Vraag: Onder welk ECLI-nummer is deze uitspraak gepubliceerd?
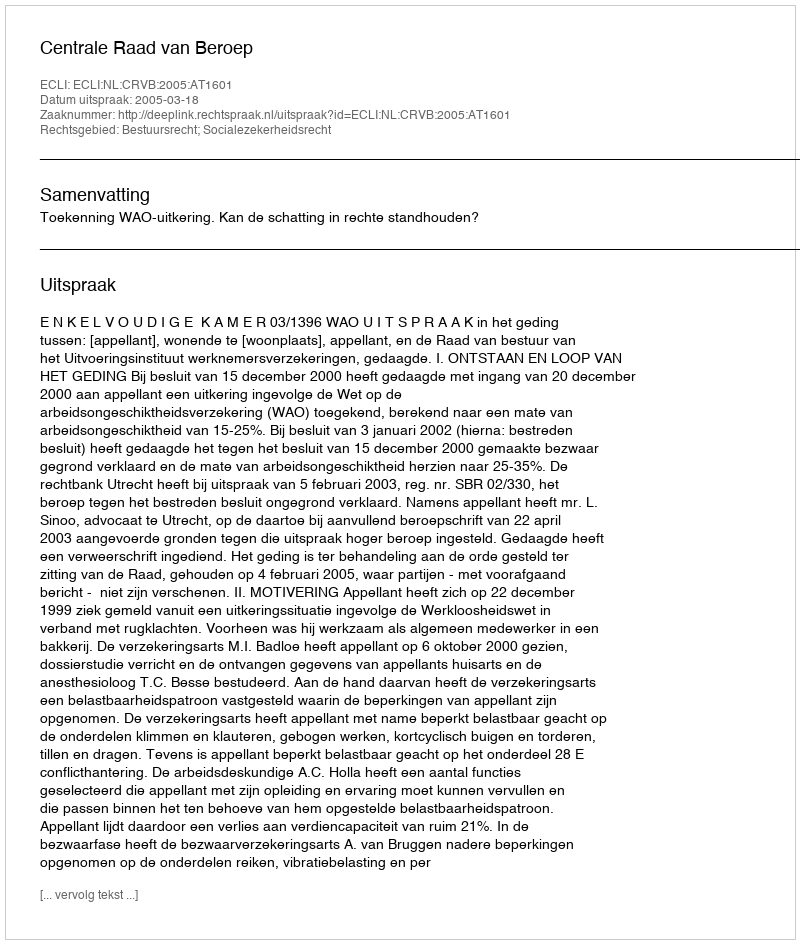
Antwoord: ECLI:NL:CRVB:2005:AT1601